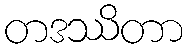
တဒဿိတာ